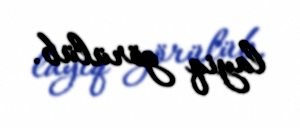
layiq görülüb.